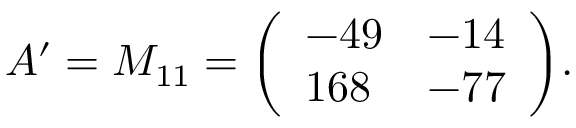
A ^ { \prime } = M _ { 1 1 } = { \left( \begin{array} { l l } { - 4 9 } & { - 1 4 } \\ { 1 6 8 } & { - 7 7 } \end{array} \right) } .